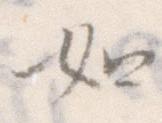
如